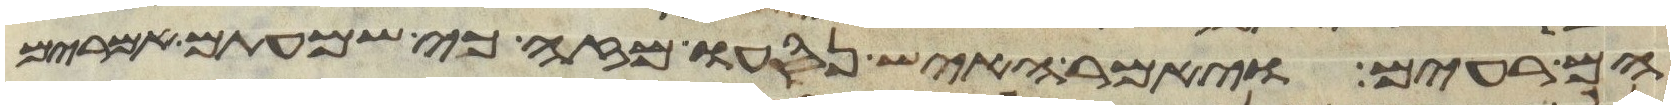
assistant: הם רעים ויאמר האיש נסעו מזה כי שמעתים אמרים